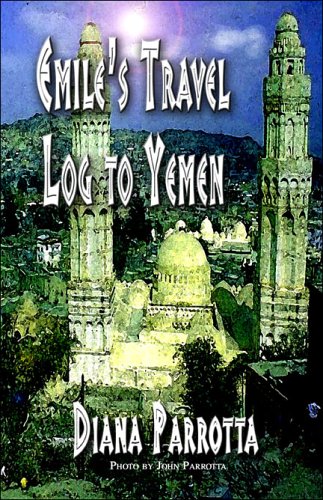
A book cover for Emile's Travel Log to Yemen; Diana Parrotta; Travel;